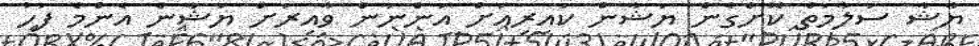
ޔާޝާ ސަލާމަތް ކޮށްގެން ޔަޝާން ކައިރިއަށް އަންނަން ވާއިރަށް ޔަޝާން އެންމެ ފަހު